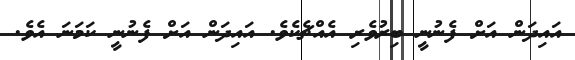
އައިދަން އަށް ފެނުނީ ބިރުވެރި އެއްޗެކެވެ. އައިދަން އަށް ފެނުނީ ކަމަނަ އެވެ.